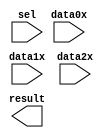
module mux_4_8 (
	data0x,
	data1x,
	data2x,
	sel,
	result);

	input	[7:0]  data0x;
	input	[7:0]  data1x;
	input	[7:0]  data2x;
	input	[1:0]  sel;
	output	[7:0]  result;

endmodule